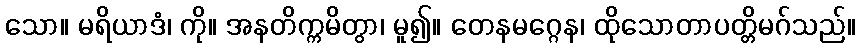
သော။ မရိယာဒံ၊ ကို။ အနတိက္ကမိတွာ၊ မူ၍။ တေနမဂ္ဂေန၊ ထိုသောတာပတ္တိမဂ်သည်။